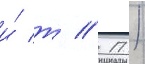
и́ т // П.)